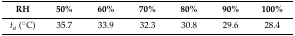
| RH | 50% | 60% | 70% | 80% | 90% | 100% |
 | --- | --- | --- | --- | --- | --- | --- |
 | ta (°C) | 35.7 | 33.9 | 32.3 | 30.8 | 29.6 | 28.4 |